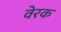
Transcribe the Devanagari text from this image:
वेरक